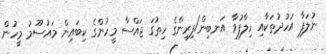
ނުލަފާ އަހުދުތަކާއި ހިލާފުވާ އަނބިން/ފިރިންގެ ހިތުގަ ޖައްސާ މީހުންގެ ކިބައިން މައުސޫމު މީހުން